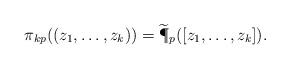
LaTeX: \begin{align*}\pi_{kp}((z_1,\ldots,z_k))=\widetilde{\P}_{p}([z_1,\ldots,z_k]).\end{align*}